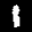
Label: 1